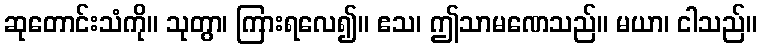
ဆုတောင်းသံကို။ သုတွာ၊ ကြားရလေ၍။ ဧသ၊ ဤသာမဏေသည်။ မယာ၊ ငါသည်။